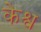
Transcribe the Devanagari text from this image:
केश्व